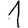
Digit: 1